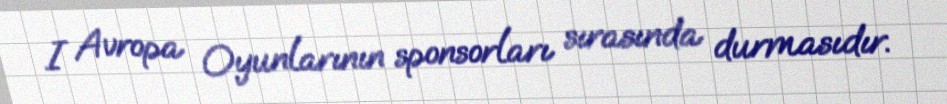
I Avropa Oyunlarının sponsorları sırasında durmasıdır.